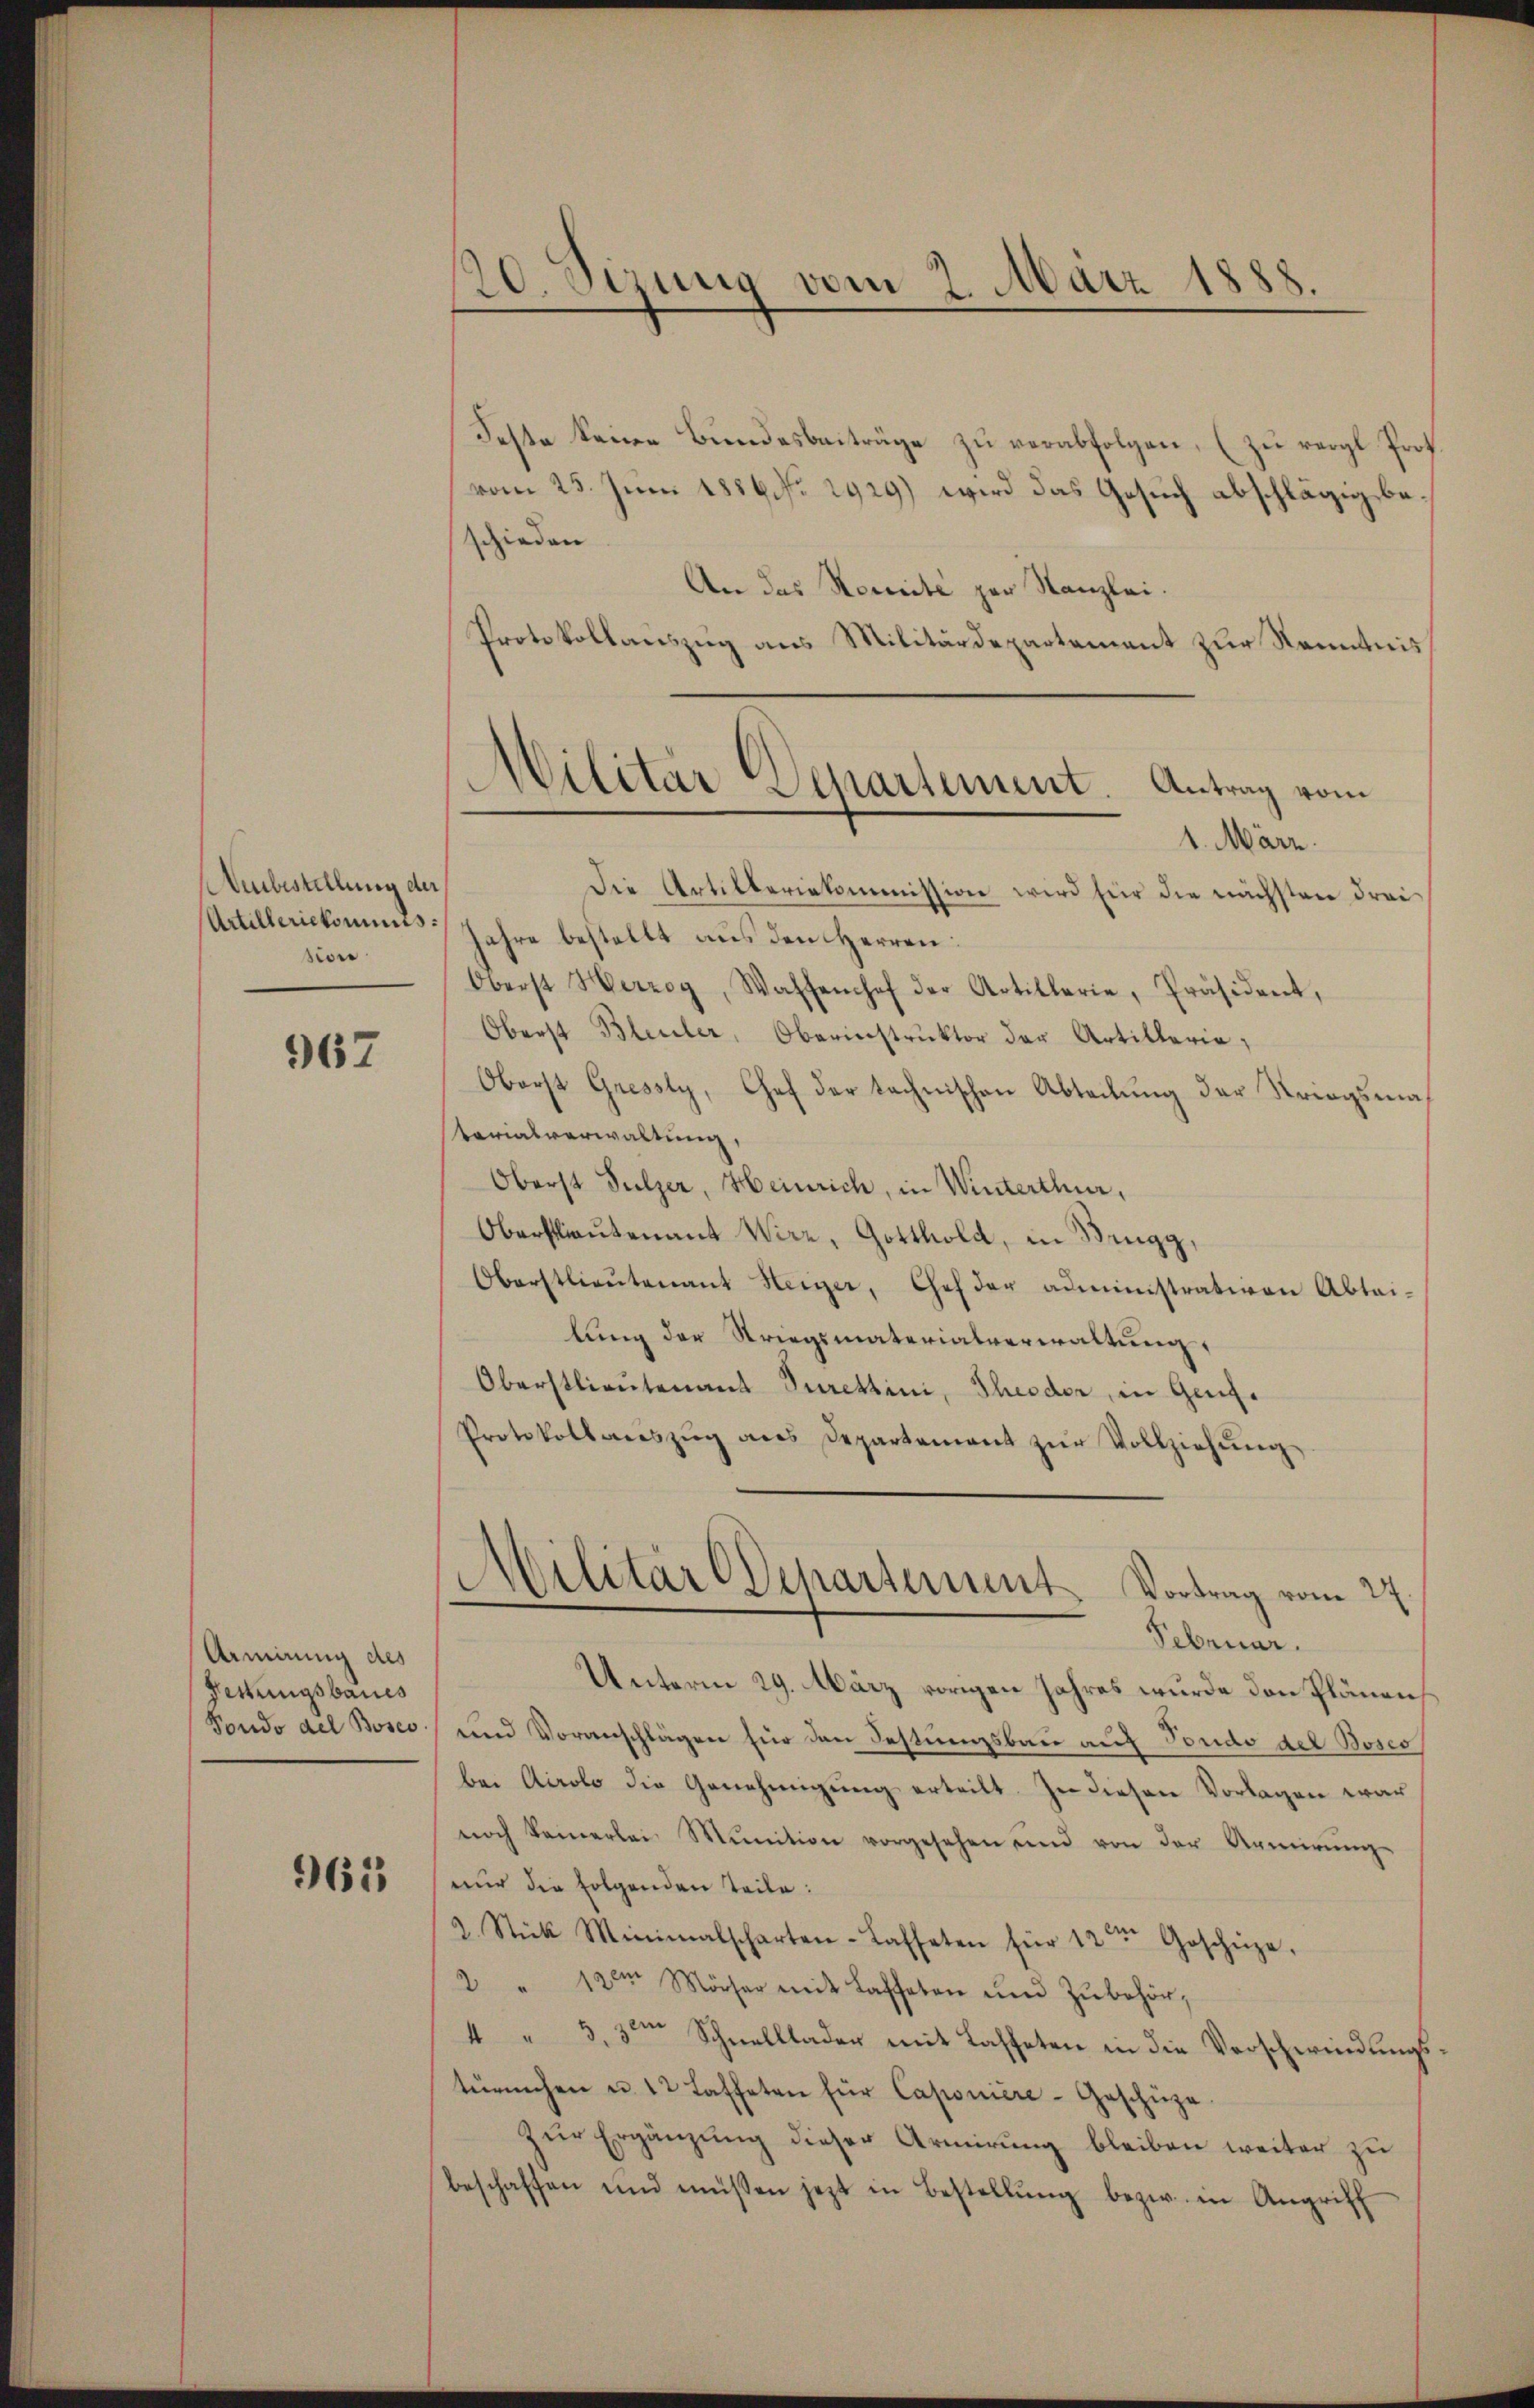
Aubestellung der
Artilleriekoments:
son

967

Armirung des
Fettungsbaues
Fondo del Bosco

965

20 Sirung vom 2. März 1888.

Feste keine Bundesbeiträge zu verabfolgen, (zu vergl. Prof.
vom 25. Juni 1886. 2929) wird das Gesuch abschlägig beschieden
An das Rescrite zur Kanzlei.
Protokollauszug aus Militärdepartement zur Kenntnis
1. März.
Die Artilberiekommission wird für die nächsten drei
Jahre bestellt aus den Herren:
Oberst Herzog, Waffenhof der Artillerie, Präsident,
Oberst Bleuler, Oberinstruktor der Artillerie,
Oberst Gressty, Chef der technischen Abteilung der Striegsma
tarialverwaltung,
Oberst Sulzer, Heinrich, in Winterthur,
Oberstlieutenant Wirz, Gotthold, in Brugg,
Oberstlieutenant Heizer, Chef der administrativen Abtai-
lung der Striegsmaterialverwaltung,
Oberstlieutenant Purettini, Theodor, in Genf.
Protokollaneszŭg ans Departement zŭr Vollziehŭng
Militär-Departement-Vortrag vom 24.
Februar.
Unterm 29. März vorigen Jahres wurde den Plänens
und Voranschlägen für den Festungsbau auf Fondo del Bosco
bei Airolo die Genehmigŭng erteilt. In diesen Vorlagen war
noch keinerlei Munition vorgesehen und von der Anmirŭng-
nur die folgenden Teile:
2. Stück Minimalscharten-Cassaten für 12ten Geschüze.
2 " 12ten Mörser mit Laffeten und Zubehör¬
4 " 3, 3ten Schnelllader mit Lasteten in die Vorschwindungstürchen u. 12 Laffeten für Caponiere-Geschüze
zŭr Ergänzŭng dieser Armierŭng bleiben weiter zu
beschaffen und müssen jezt in Bestellŭng bezw. in Angriff

Militär Departement. Antrag vom